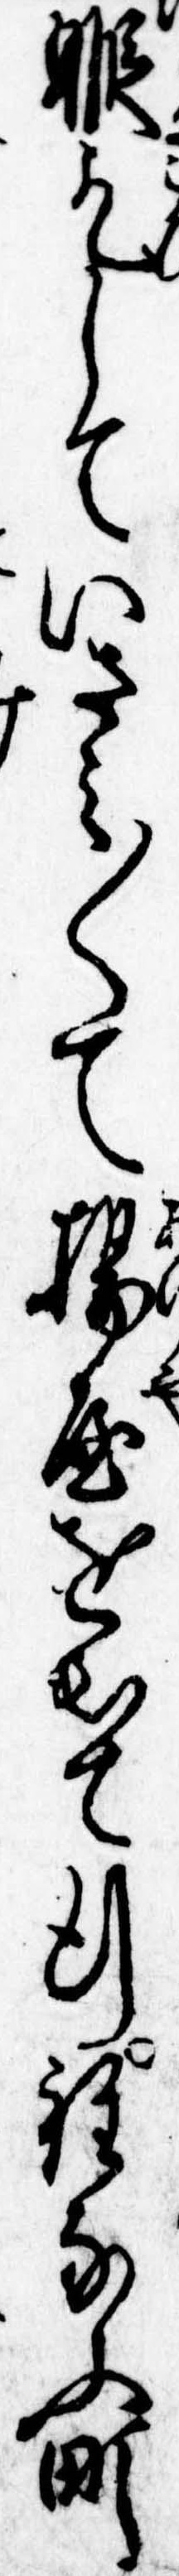
暇乞していさみ〱て揚屋を出て行程なふ町